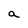
Character: a